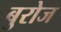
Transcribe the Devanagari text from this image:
बुरोज